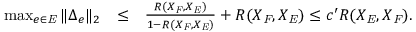
\begin{array} { r l r } { \operatorname* { m a x } _ { e \in \mathit { E } } \| \Delta _ { e } \| _ { 2 } } & { \leq } & { \frac { R ( X _ { \mathit { F } } , X _ { \mathit { E } } ) } { 1 - R ( X _ { \mathit { F } } , X _ { \mathit { E } } ) } + R ( X _ { \mathit { F } } , X _ { \mathit { E } } ) \leq c ^ { \prime } R ( X _ { \mathit { E } } , X _ { \mathit { F } } ) . } \end{array}